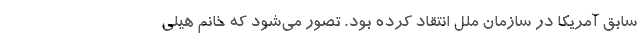
سابق آمریکا در سازمان ملل انتقاد کرده بود. تصور می‌شود که خانم هیلی